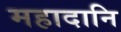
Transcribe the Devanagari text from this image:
महादानि